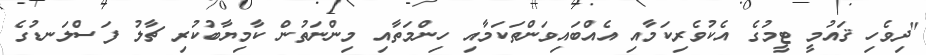
"ދިވެހި ޤައުމީ ޓީމުގެ އެކުވެރިކަމާއި އެއްބައިވަންތަކަމާއި ހިންމަތާއި މިންނަތުން ކާމިޔާބުކުރި ޗާލު ފަސްލަނޑުގެ